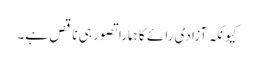
کیونکہ آزادی رائے کا ہمارا تصور ہی ناقص ہے۔